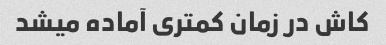
کاش در زمان‌ کمتری آماده میشد